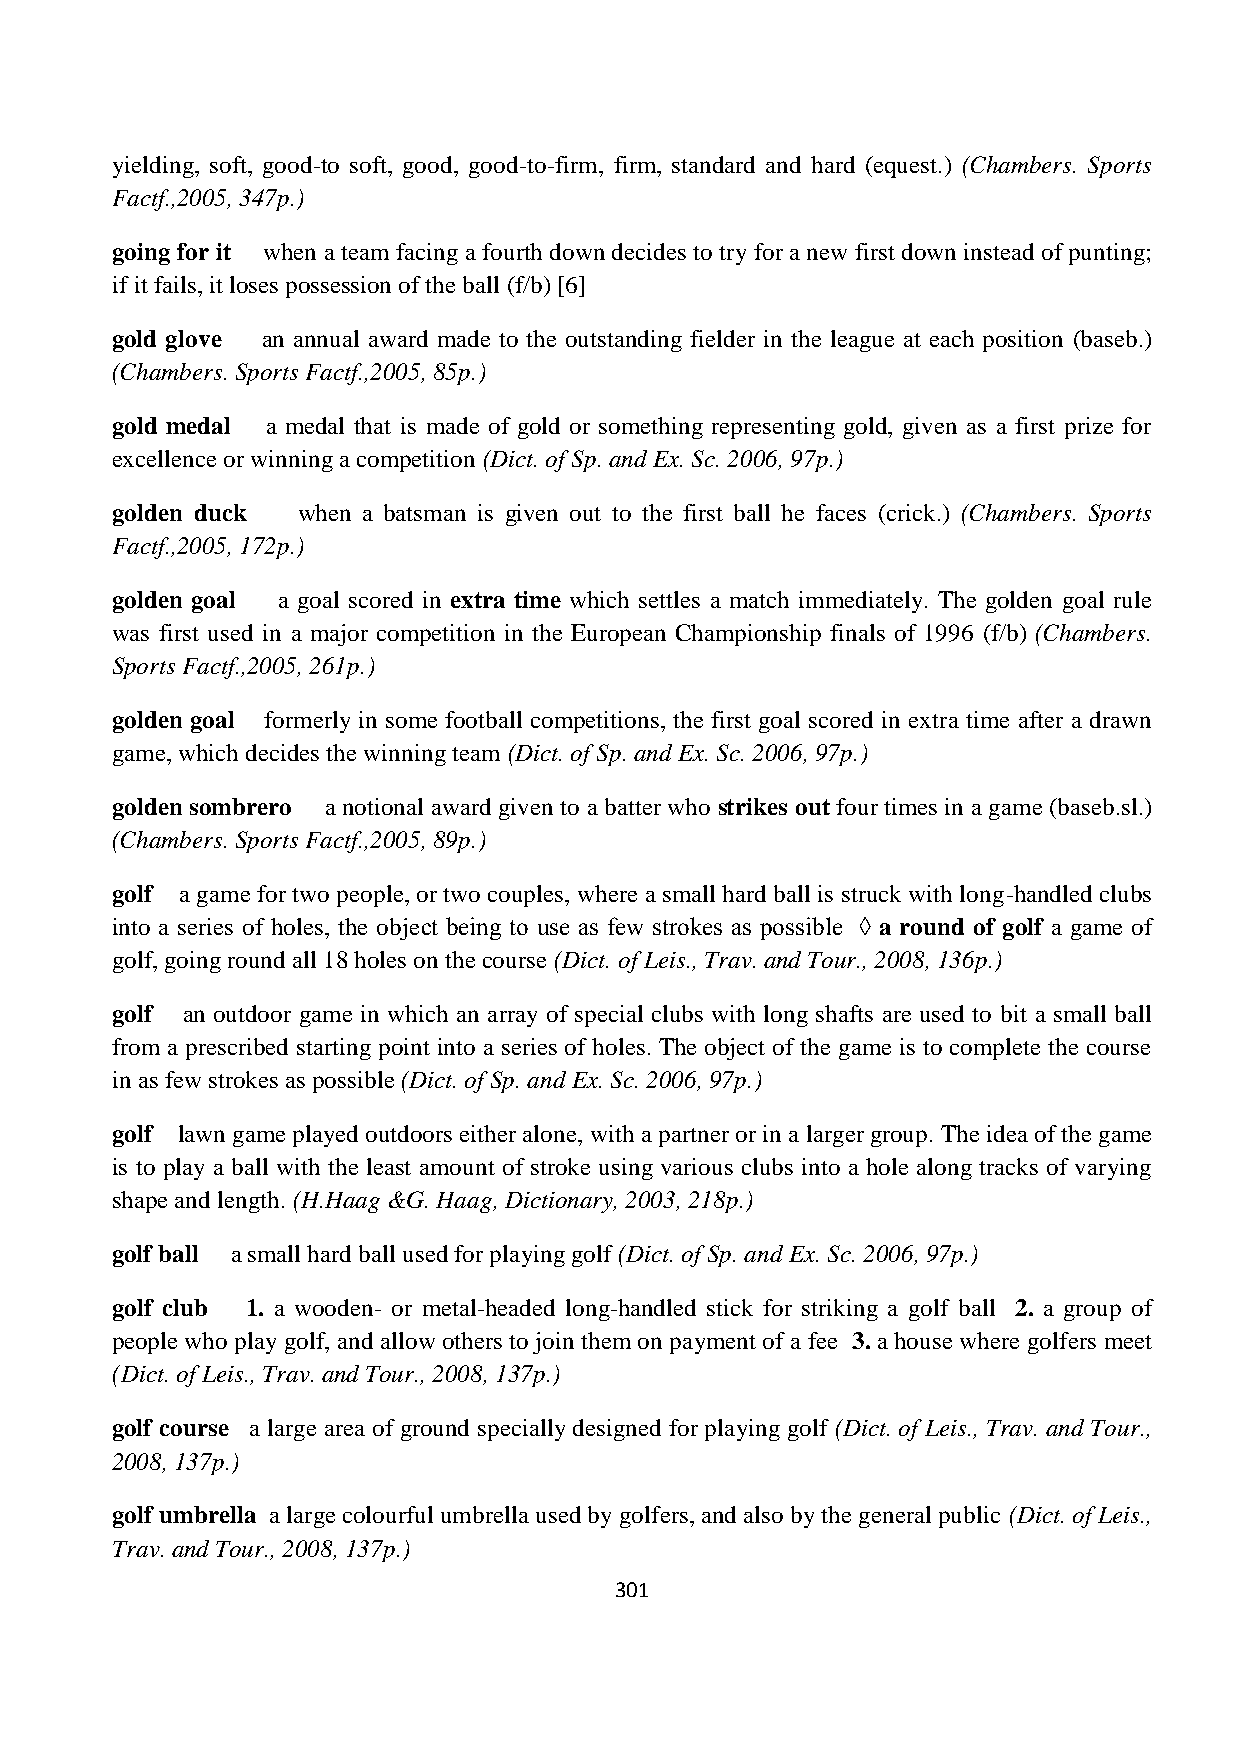
yielding, soft, good-to soft, good, good-to-firm, firm, standard and hard (equest.) (Chambers. Sports
 Factf.,2005, 347p.)
 going for it when a team facing a fourth down decides to try for a new first down instead of punting;
 if it fails, it loses possession of the ball (f/b) [6]
 gold glove an annual award made to the outstanding fielder in the league at each position (baseb.)
 (Chambers. Sports Factf.,2005, 85p.)
 gold medal a medal that is made of gold or something representing gold, given as a first prize for
 excellence or winning a competition (Dict. of Sp. and Ex. Sc. 2006, 97p.)
 golden duck  when a batsman is given out to the first ball he faces (crick.) (Chambers. Sports
 Factf.,2005, 172p.)
 golden goal a goal scored in extra time which settles a match immediately. The golden goal rule
 was first used in a major competition in the European Championship finals of 1996 (f/b) (Chambers.
 Sports Factf.,2005, 261p.)
 golden goal formerly in some football competitions, the first goal scored in extra time after a drawn
 game, which decides the winning team (Dict. of Sp. and Ex. Sc. 2006, 97p.)
 golden sombrero a notional award given to a batter who strikes out four times in a game (baseb.sl.)
 (Chambers. Sports Factf.,2005, 89p.)
 golf a game for two people, or two couples, where a small hard ball is struck with long-handled clubs
 into a series of holes, the object being to use as few strokes as possible ◊ a round of golf a game of
 golf, going round all 18 holes on the course (Dict. of Leis., Trav. and Tour., 2008, 136p.)
 golf an outdoor game in which an array of special clubs with long shafts are used to bit a small ball
 from a prescribed starting point into a series of holes. The object of the game is to complete the course
 in as few strokes as possible (Dict. of Sp. and Ex. Sc. 2006, 97p.)
 golf lawn game played outdoors either alone, with a partner or in a larger group. The idea of the game
 is to play a ball with the least amount of stroke using various clubs into a hole along tracks of varying
 shape and length. (H.Haag &G. Haag, Dictionary, 2003, 218p.)
 golf ball a small hard ball used for playing golf (Dict. of Sp. and Ex. Sc. 2006, 97p.)
 golf club 1. a wooden- or metal-headed long-handled stick for striking a golf ball 2. a group of
 people who play golf, and allow others to join them on payment of a fee 3. a house where golfers meet
 (Dict. of Leis., Trav. and Tour., 2008, 137p.)
 golf course a large area of ground specially designed for playing golf (Dict. of Leis., Trav. and Tour.,
 2008, 137p.)
 golf umbrella a large colourful umbrella used by golfers, and also by the general public (Dict. of Leis.,
 Trav. and Tour., 2008, 137p.)
 301